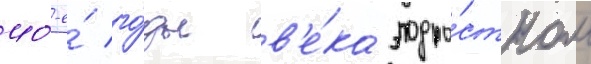
40-е́ го́ды в'е́ка подро́стком